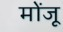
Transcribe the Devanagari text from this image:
मोंजू